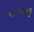
૧૮૮૯થી